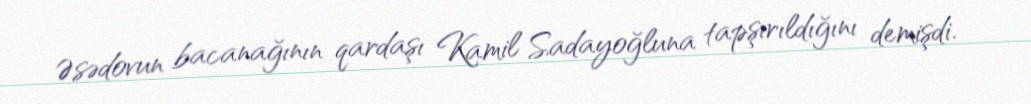
Əsədovun bacanağının qardaşı Kamil Sadayoğluna tapşırıldığını demişdi.